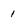
Character: 1